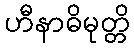
ဟီနာဓိမုတ္တိ